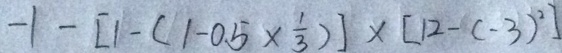
- 1 - [ 1 - ( 1 - 0 . 5 \times \frac { 1 } { 3 } ) ] \times [ 1 2 - ( - 3 ) ^ { 2 } ]